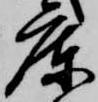
庫